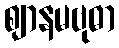
ဈာနမဗုဓာ